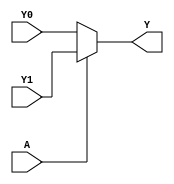
module single_variable_kmap (
    input wire A,     // 1-bit input variable
    input wire Y0,    // Value for A = 0
    input wire Y1,    // Value for A = 1
    output wire Y     // 1-bit output variable
);

// Combinational logic to determine output Y based on input A and K-map values Y0 and Y1
assign Y = (A == 1'b0) ? Y0 : Y1;

endmodule